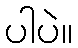
ပါပဲ။